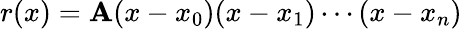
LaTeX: r(x)=\mathbf{A}(x-x_{0})(x-x_{1})\cdots(x-x_{n})